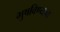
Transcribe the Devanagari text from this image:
भुषविण्याचा